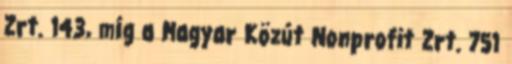
Zrt. 143, míg a Magyar Közút Nonprofit Zrt. 751